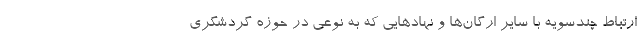
ارتباط چندسویه با سایر ارگان‌ها و نهادهایی که به نوعی در حوزه گردشگری